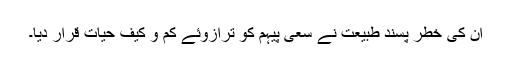
ان کی خطر پسند طبیعت نے سعیِ پیہم کو ترازوئے کم و کیف حیات قرار دیا۔